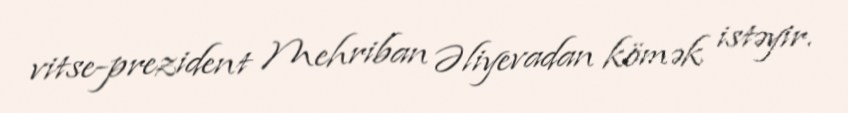
vitse-prezident Mehriban Əliyevadan kömək istəyir.